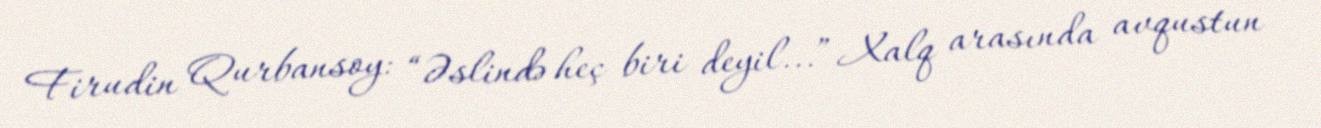
Firudin Qurbansoy: “Əslində heç biri deyil...” Xalq arasında avqustun